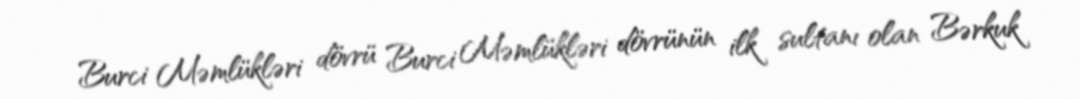
Burci Məmlükləri dövrü Burci Məmlükləri dövrünün ilk sultanı olan Bərkuk